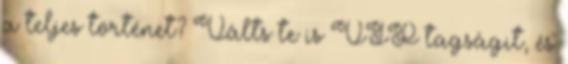
a teljes történet? Válts te is VIP tagságit, és